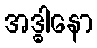
အဒ္ဓါနော